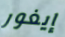
إيغور